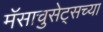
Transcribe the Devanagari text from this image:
मॅसाचुसेट्सच्या